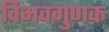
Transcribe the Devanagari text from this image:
विभवगुणक